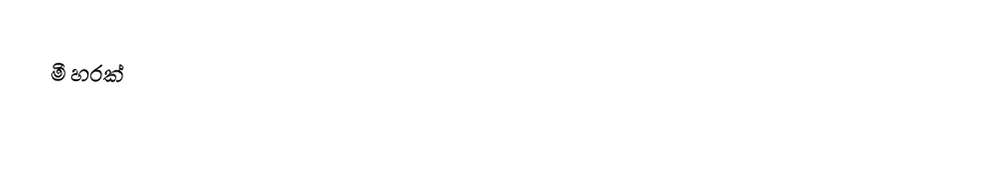
මී හරක්